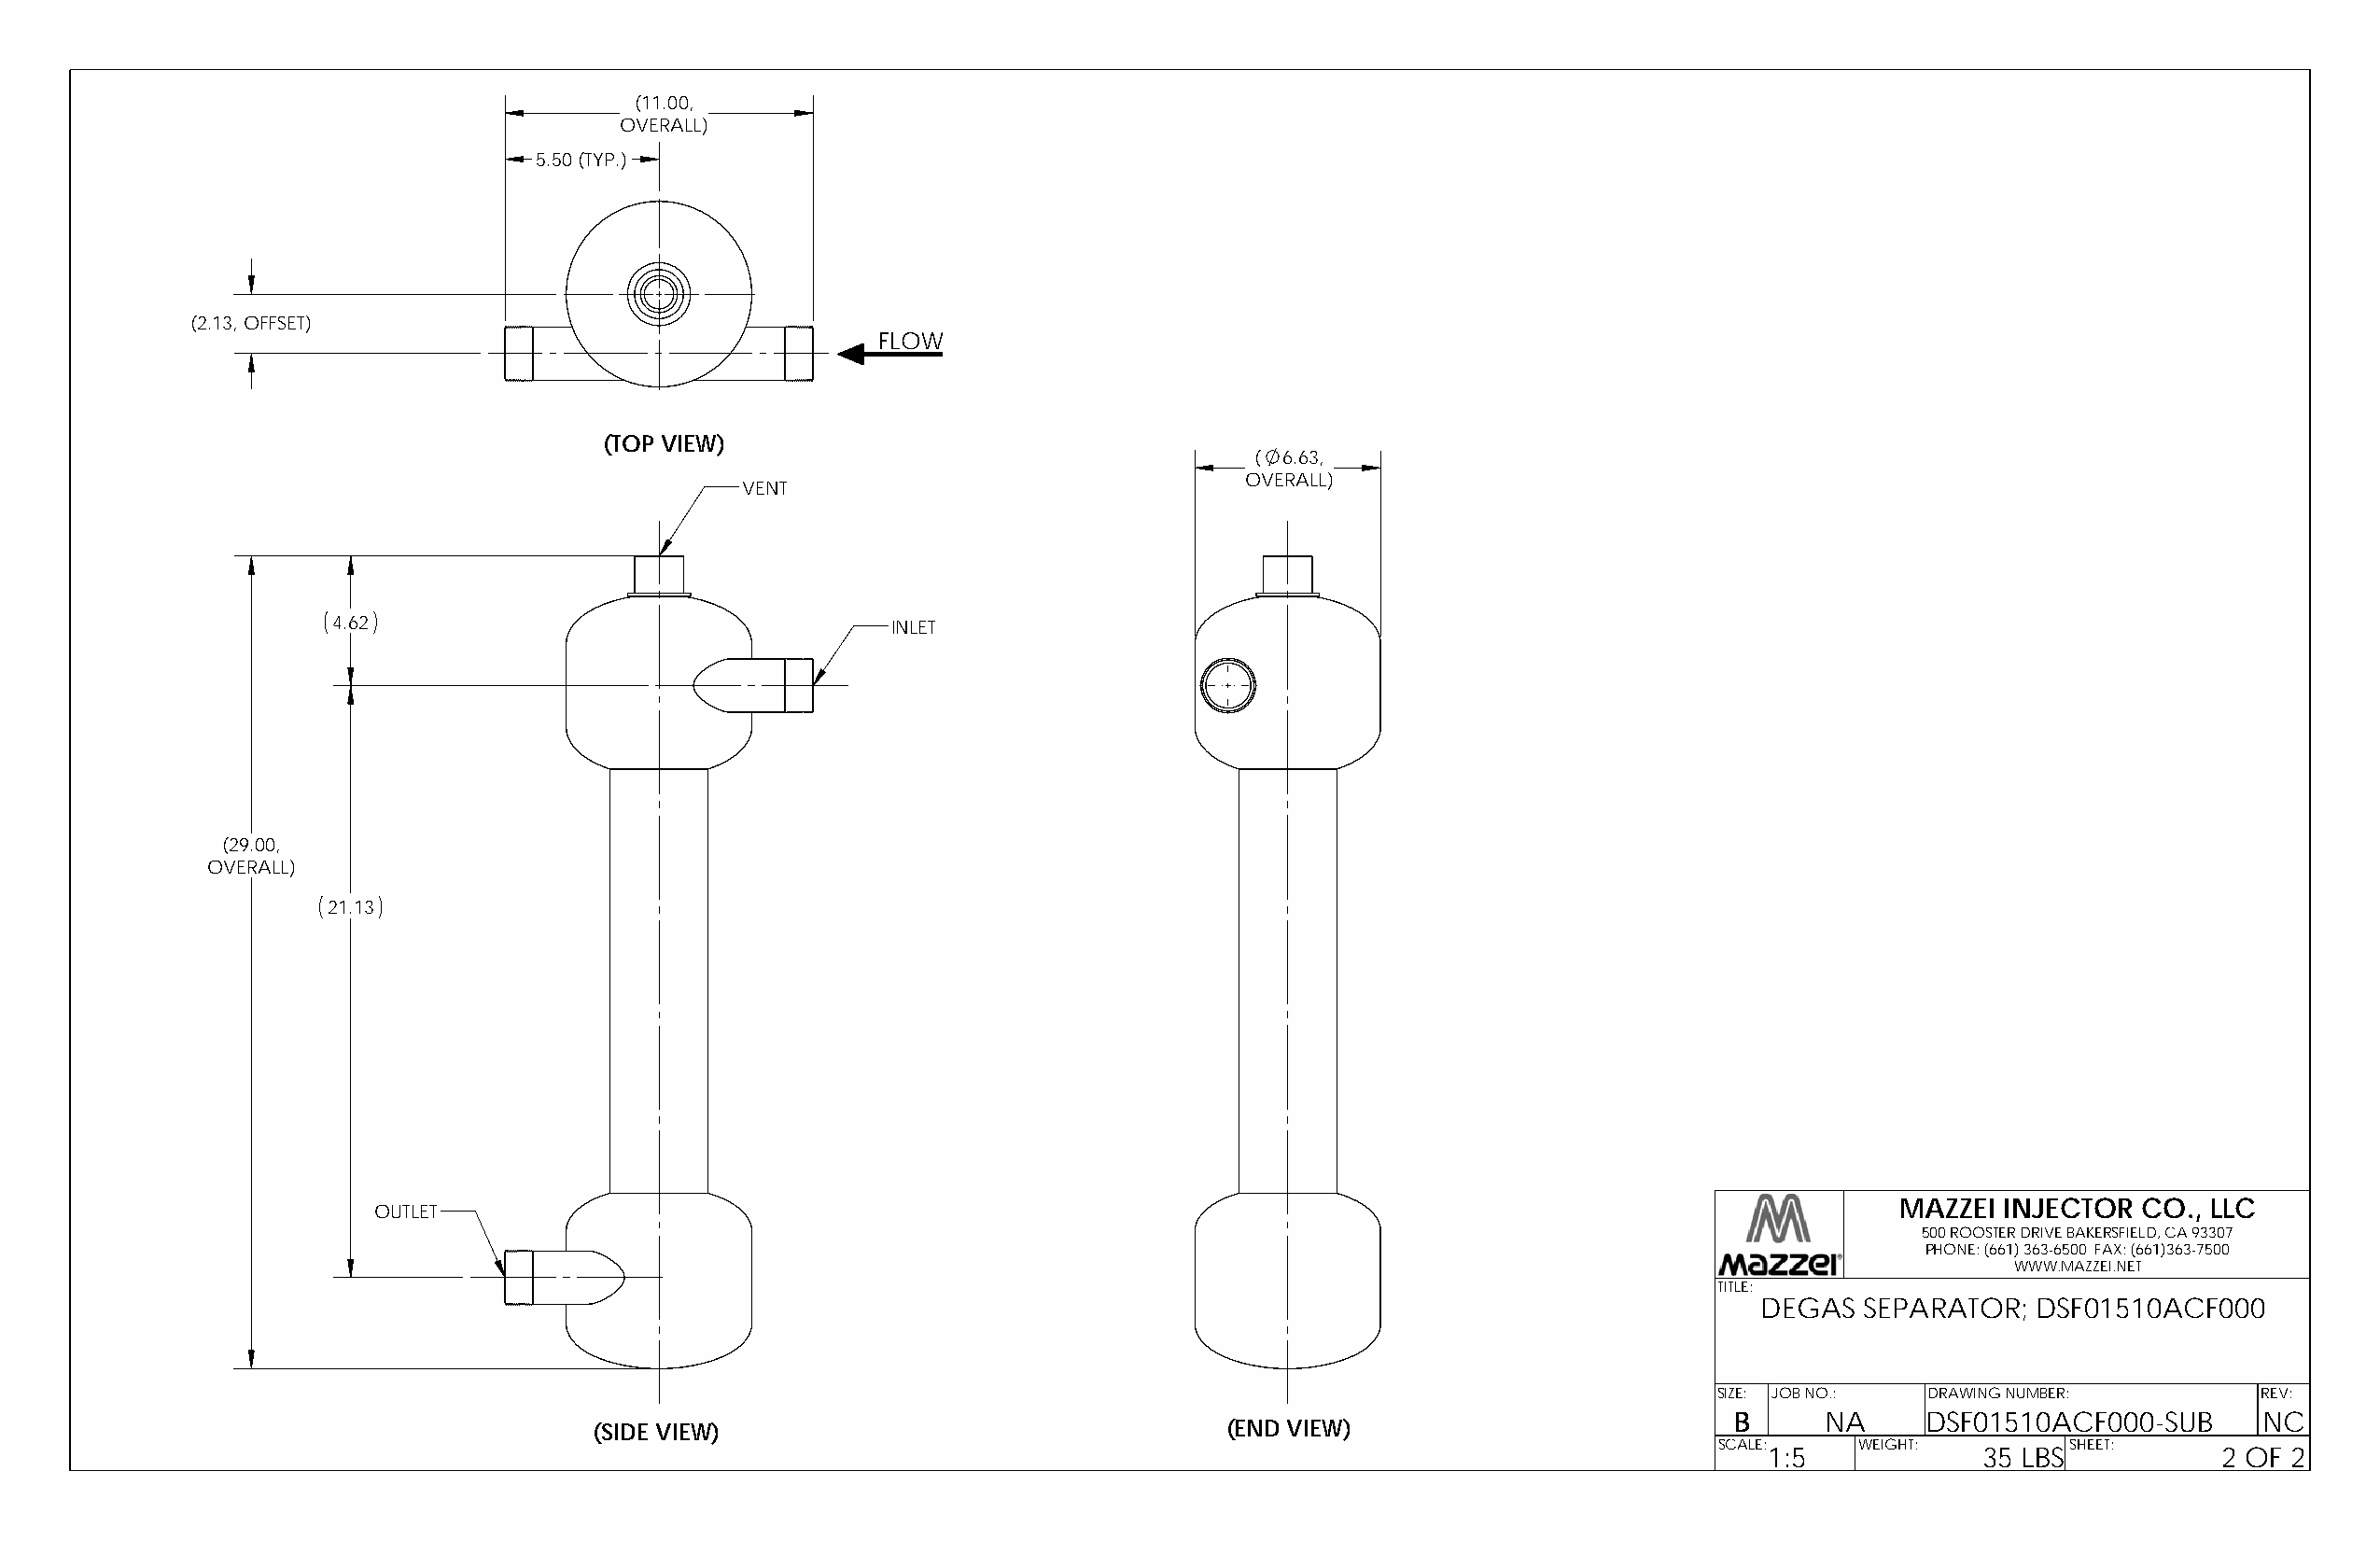
(11.00,
 OVERALL)
 5.50 (TYP.)
 (2.13, OFFSET)
 FLOW
 (TOP VIEW)
 ( 6.63,
 OVERALL)
 VENT
 4.62                                   INLET
 (29.00,
 OVERALL)
 21.13
 MAZZEI INJECTOR  CO., LLC
 OUTLET
 500 ROOSTER DRIVE BAKERSFIELD, CA 93307
 PHONE: (661) 363-6500 FAX: (661)363-7500
 WWW.MAZZEI.NET
 TITLE:
 DEGAS  SEPARATOR;  DSF01510ACF000
 SIZE: JOB NO.: DRAWING NUMBER:        REV:
 B     NA      DSF01510ACF000-SUB     NC
 (SIDE VIEW)                                  (END VIEW)
 SCALE:    WEIGHT:        SHEET:
 1:5             35 LBS           2 OF 2